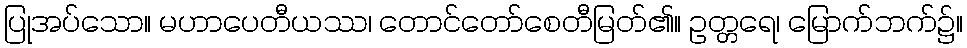
ပြုအပ်သော။ မဟာပေတီယဿ၊ တောင်တော်စေတီမြတ်၏။ ဥတ္တရေ၊ မြောက်ဘက်၌။